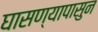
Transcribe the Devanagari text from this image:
घासण्यापासुन